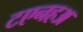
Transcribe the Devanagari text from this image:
टएनहअ